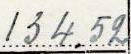
134.52